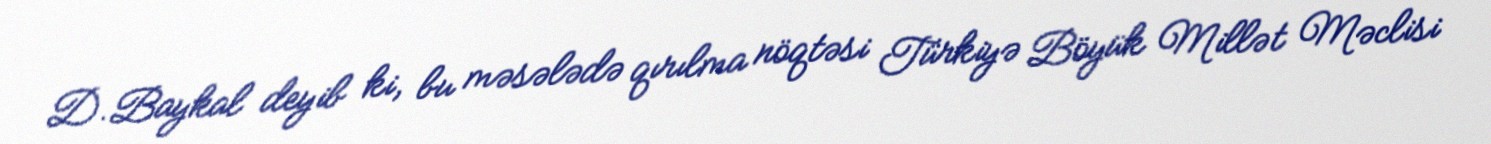
D.Baykal deyib ki, bu məsələdə qırılma nöqtəsi Türkiyə Böyük Millət Məclisi